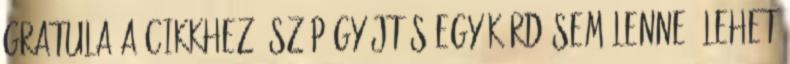
Gratula a cikkhez, szép gyűjtés Egy kérdésem lenne: lehet